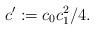
LaTeX: \begin{align*}c':=c_0c_1^2/4.\end{align*}